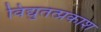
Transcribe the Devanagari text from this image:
विद्युतत्प्रकाश